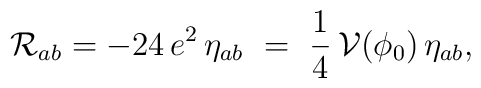
\mathcal{R}_{ab} = -24\, e^2\, \eta_{ab}~=~\frac{1}{4}\,\mathcal{V}(\phi_0) \, \eta_{ab},